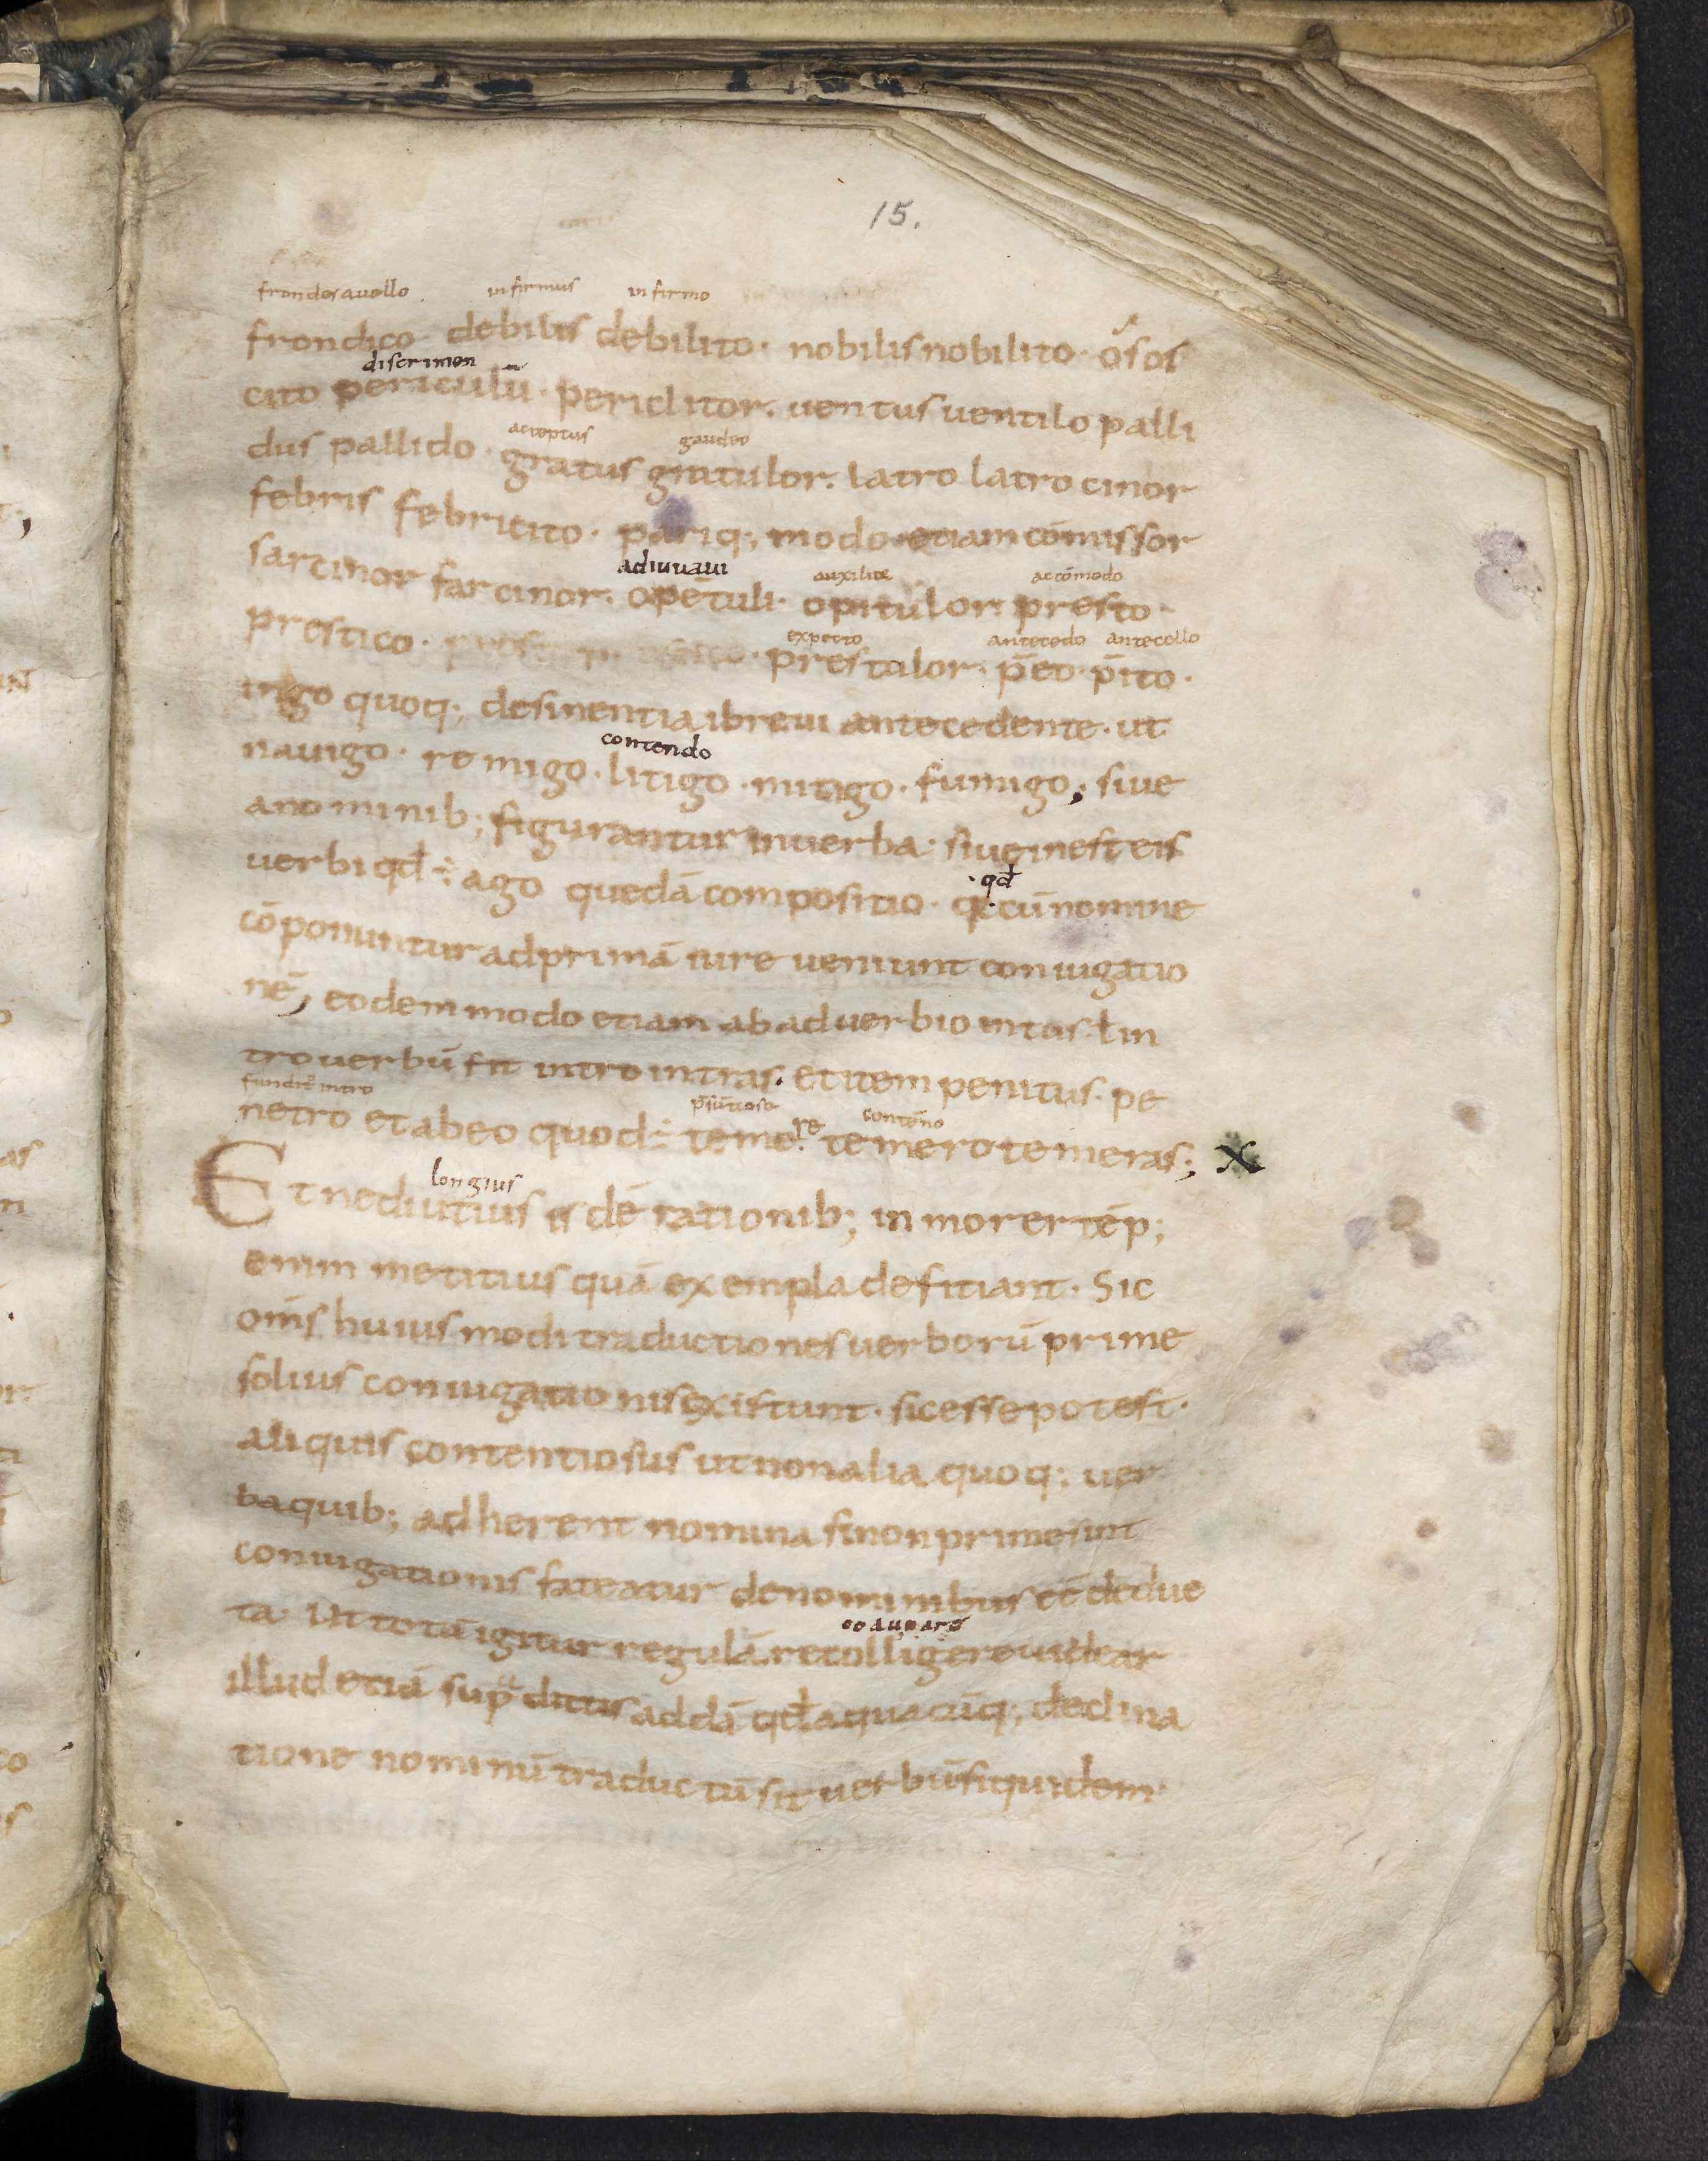
Shelfmark: Leiden, Bibliotheek der Rijksuniversiteit, Voss. Lat. O 41
Century: 9